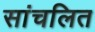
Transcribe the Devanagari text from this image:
सांचलित